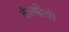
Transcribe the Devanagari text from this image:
कॅल्सीवो